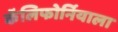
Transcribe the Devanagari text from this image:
कॅलिफोर्नियाला